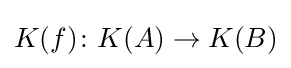
K(f)\colon K(A)\to K(B)